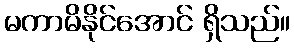
မကာမိနိုင်အောင် ရှိသည်။